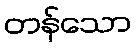
တန်သော